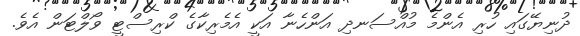
ދުނިޔޭގައި ހުރި އެންމެ މުއްސަނދި އަންހެނާ އަކީ އެމެރިކާގެ ކްރިސްޓީ ވޯލްޓަން އެވެ.